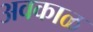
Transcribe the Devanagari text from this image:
अवकाळ